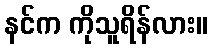
နင်က ကိုသူရိန်လား။